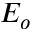
E _ { o }